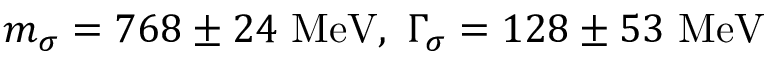
m _ { \sigma } = 7 6 8 \pm 2 4 \ \mathrm { M e V } , \ \Gamma _ { \sigma } = 1 2 8 \pm 5 3 \ \mathrm { M e V }